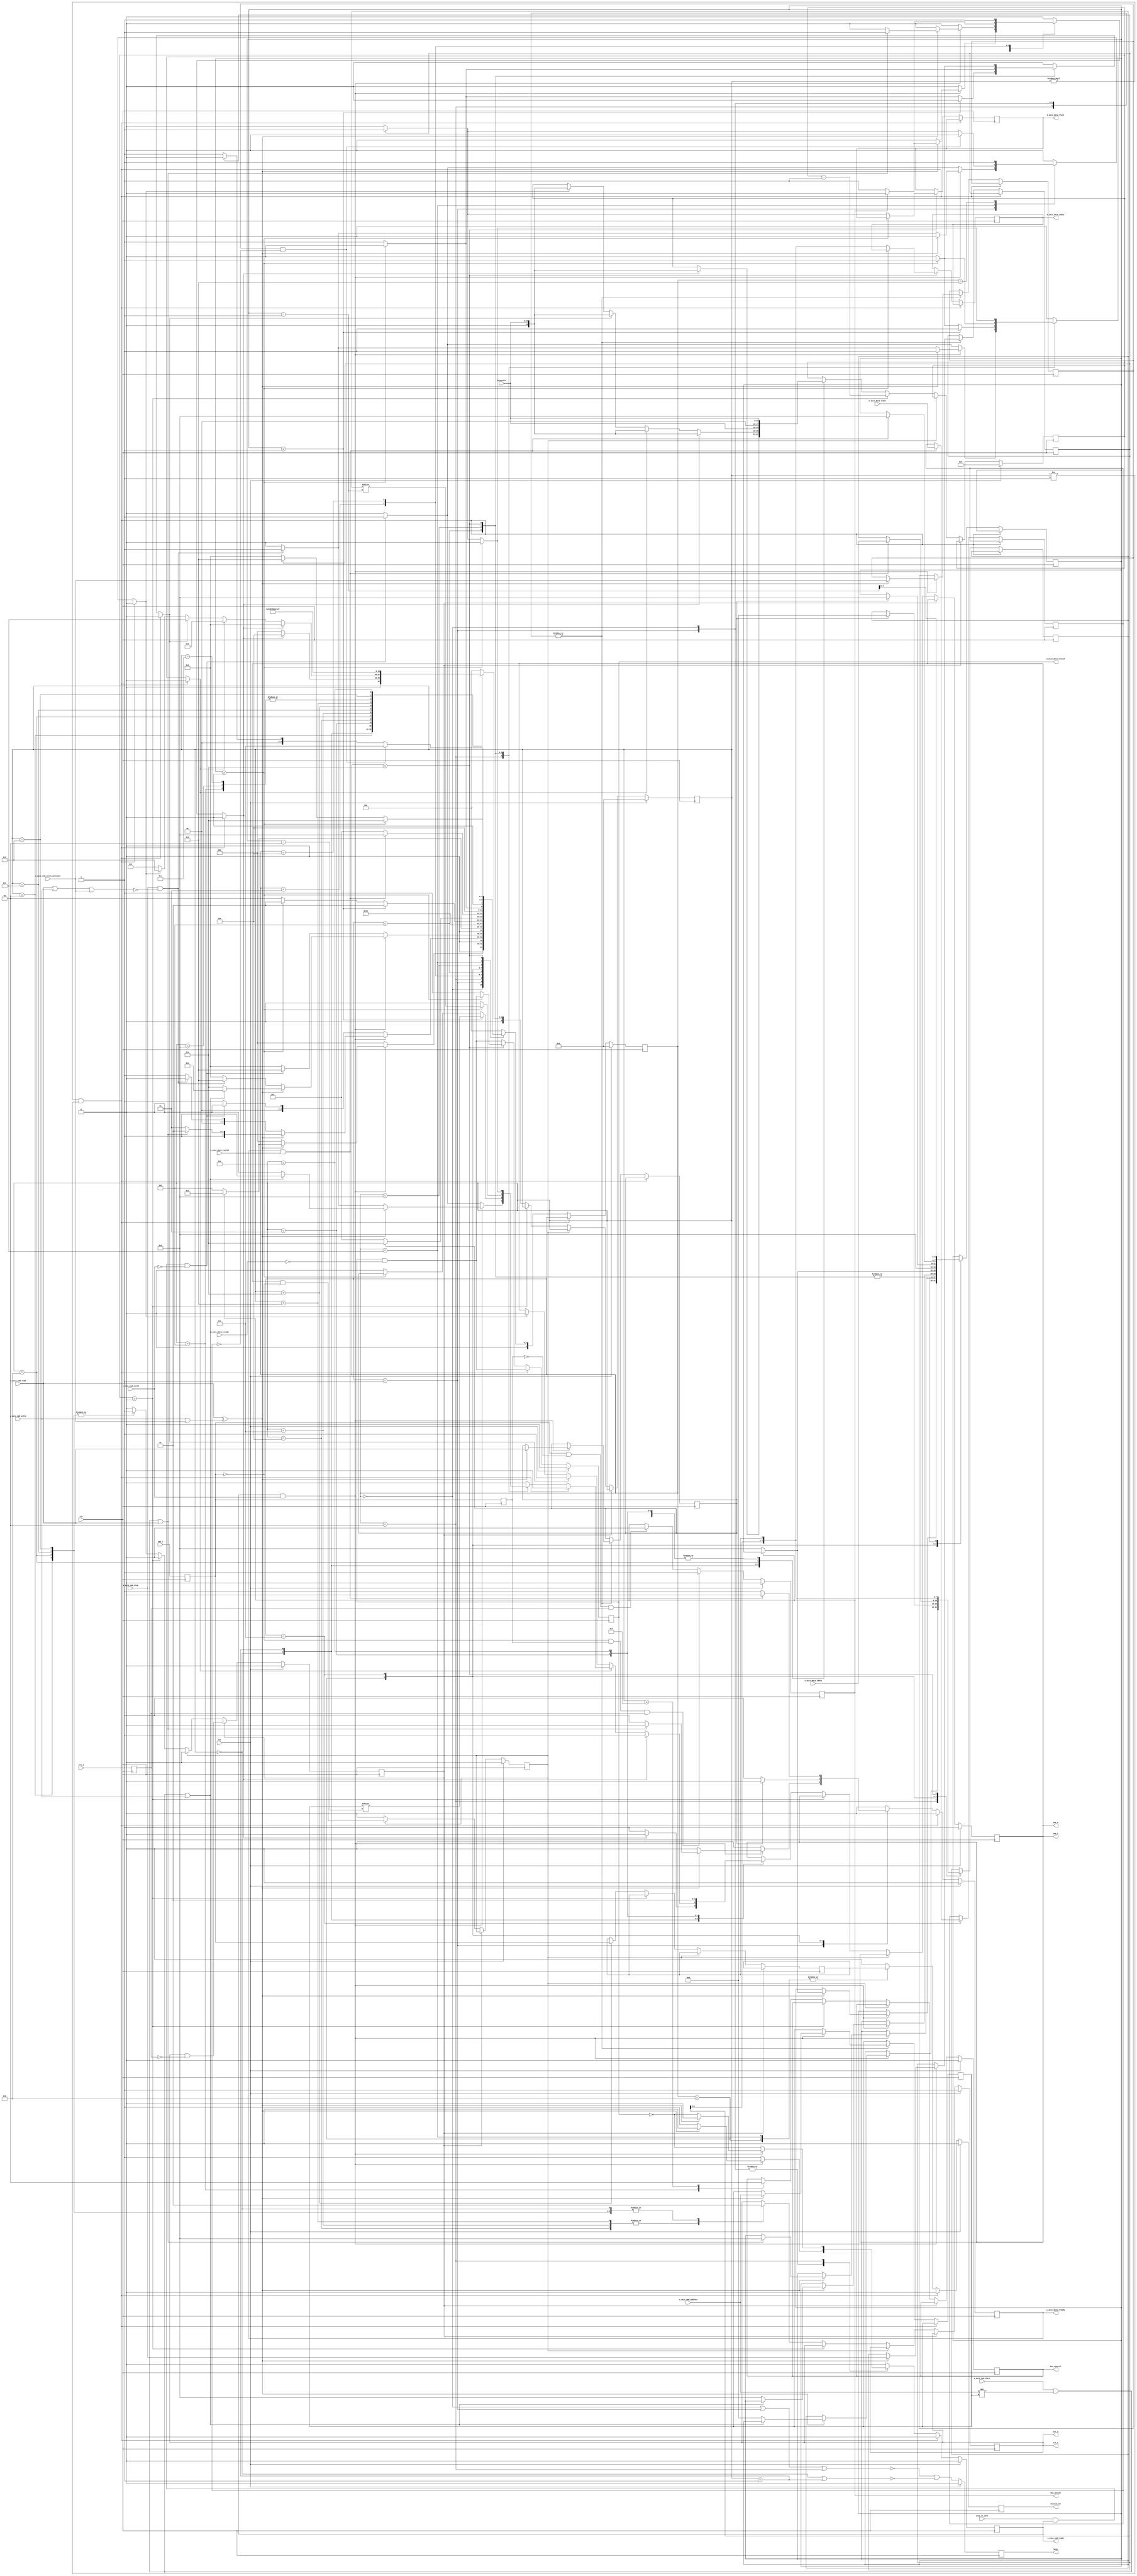
/*

Copyright (c) 2015-2017 Alex Forencich

Permission is hereby granted, free of charge, to any person obtaining a copy
of this software and associated documentation files (the "Software"), to deal
in the Software without restriction, including without limitation the rights
to use, copy, modify, merge, publish, distribute, sublicense, and/or sell
copies of the Software, and to permit persons to whom the Software is
furnished to do so, subject to the following conditions:

The above copyright notice and this permission notice shall be included in
all copies or substantial portions of the Software.

THE SOFTWARE IS PROVIDED "AS IS", WITHOUT WARRANTY OF ANY KIND, EXPRESS OR
IMPLIED, INCLUDING BUT NOT LIMITED TO THE WARRANTIES OF MERCHANTABILITY
FITNESS FOR A PARTICULAR PURPOSE AND NONINFRINGEMENT. IN NO EVENT SHALL THE
AUTHORS OR COPYRIGHT HOLDERS BE LIABLE FOR ANY CLAIM, DAMAGES OR OTHER
LIABILITY, WHETHER IN AN ACTION OF CONTRACT, TORT OR OTHERWISE, ARISING FROM,
OUT OF OR IN CONNECTION WITH THE SOFTWARE OR THE USE OR OTHER DEALINGS IN
THE SOFTWARE.

*/

// Language: Verilog 2001

`resetall
`timescale 1ns / 1ps
`default_nettype none

/*
 * I2C master
 */
module i2c_master (
    input  wire        clk,
    input  wire        rst,

    /*
     * Host interface
     */
    input  wire [6:0]  s_axis_cmd_address,
    input  wire        s_axis_cmd_start,
    input  wire        s_axis_cmd_read,
    input  wire        s_axis_cmd_write,
    input  wire        s_axis_cmd_write_multiple,
    input  wire        s_axis_cmd_stop,
    input  wire        s_axis_cmd_valid,
    output wire        s_axis_cmd_ready,

    input  wire [7:0]  s_axis_data_tdata,
    input  wire        s_axis_data_tvalid,
    output wire        s_axis_data_tready,
    input  wire        s_axis_data_tlast,

    output wire [7:0]  m_axis_data_tdata,
    output wire        m_axis_data_tvalid,
    input  wire        m_axis_data_tready,
    output wire        m_axis_data_tlast,

    /*
     * I2C interface
     */
    input  wire        scl_i,
    output wire        scl_o,
    output wire        scl_t,
    input  wire        sda_i,
    output wire        sda_o,
    output wire        sda_t,

    /*
     * Status
     */
    output wire        busy,
    output wire        bus_control,
    output wire        bus_active,
    output wire        missed_ack,

    /*
     * Configuration
     */
    input  wire [15:0] prescale,
    input  wire        stop_on_idle
);

/*

I2C

Read
    __    ___ ___ ___ ___ ___ ___ ___         ___ ___ ___ ___ ___ ___ ___ ___     ___ ___ ___ ___ ___ ___ ___ ___        __
sda   \__/_6_X_5_X_4_X_3_X_2_X_1_X_0_\_R___A_/_7_X_6_X_5_X_4_X_3_X_2_X_1_X_0_\_A_/_7_X_6_X_5_X_4_X_3_X_2_X_1_X_0_\_A____/
    ____   _   _   _   _   _   _   _   _   _   _   _   _   _   _   _   _   _   _   _   _   _   _   _   _   _   _   _   ____
scl  ST \_/ \_/ \_/ \_/ \_/ \_/ \_/ \_/ \_/ \_/ \_/ \_/ \_/ \_/ \_/ \_/ \_/ \_/ \_/ \_/ \_/ \_/ \_/ \_/ \_/ \_/ \_/ \_/ SP

Write
    __    ___ ___ ___ ___ ___ ___ ___ ___     ___ ___ ___ ___ ___ ___ ___ ___     ___ ___ ___ ___ ___ ___ ___ ___ ___    __
sda   \__/_6_X_5_X_4_X_3_X_2_X_1_X_0_/ W \_A_/_7_X_6_X_5_X_4_X_3_X_2_X_1_X_0_\_A_/_7_X_6_X_5_X_4_X_3_X_2_X_1_X_0_/ N \__/
    ____   _   _   _   _   _   _   _   _   _   _   _   _   _   _   _   _   _   _   _   _   _   _   _   _   _   _   _   ____
scl  ST \_/ \_/ \_/ \_/ \_/ \_/ \_/ \_/ \_/ \_/ \_/ \_/ \_/ \_/ \_/ \_/ \_/ \_/ \_/ \_/ \_/ \_/ \_/ \_/ \_/ \_/ \_/ \_/ SP

Commands:

read
    read data byte
    set start to force generation of a start condition
    start is implied when bus is inactive or active with write or different address
    set stop to issue a stop condition after reading current byte
    if stop is set with read command, then m_axis_data_tlast will be set

write
    write data byte
    set start to force generation of a start condition
    start is implied when bus is inactive or active with read or different address
    set stop to issue a stop condition after writing current byte

write multiple
    write multiple data bytes (until s_axis_data_tlast)
    set start to force generation of a start condition
    start is implied when bus is inactive or active with read or different address
    set stop to issue a stop condition after writing block

stop
    issue stop condition if bus is active

Status:

busy
    module is communicating over the bus

bus_control
    module has control of bus in active state

bus_active
    bus is active, not necessarily controlled by this module

missed_ack
    strobed when a slave ack is missed

Parameters:

prescale
    set prescale to 1/4 of the minimum clock period in units
    of input clk cycles (prescale = Fclk / (FI2Cclk * 4))

stop_on_idle
    automatically issue stop when command input is not valid

Example of interfacing with tristate pins:
(this will work for any tristate bus)

assign scl_i = scl_pin;
assign scl_pin = scl_t ? 1'bz : scl_o;
assign sda_i = sda_pin;
assign sda_pin = sda_t ? 1'bz : sda_o;

Equivalent code that does not use *_t connections:
(we can get away with this because I2C is open-drain)

assign scl_i = scl_pin;
assign scl_pin = scl_o ? 1'bz : 1'b0;
assign sda_i = sda_pin;
assign sda_pin = sda_o ? 1'bz : 1'b0;

Example of two interconnected I2C devices:

assign scl_1_i = scl_1_o & scl_2_o;
assign scl_2_i = scl_1_o & scl_2_o;
assign sda_1_i = sda_1_o & sda_2_o;
assign sda_2_i = sda_1_o & sda_2_o;

Example of two I2C devices sharing the same pins:

assign scl_1_i = scl_pin;
assign scl_2_i = scl_pin;
assign scl_pin = (scl_1_o & scl_2_o) ? 1'bz : 1'b0;
assign sda_1_i = sda_pin;
assign sda_2_i = sda_pin;
assign sda_pin = (sda_1_o & sda_2_o) ? 1'bz : 1'b0;

Notes:

scl_o should not be connected directly to scl_i, only via AND logic or a tristate
I/O pin.  This would prevent devices from stretching the clock period.

*/

localparam [4:0]
    STATE_IDLE = 4'd0,
    STATE_ACTIVE_WRITE = 4'd1,
    STATE_ACTIVE_READ = 4'd2,
    STATE_START_WAIT = 4'd3,
    STATE_START = 4'd4,
    STATE_ADDRESS_1 = 4'd5,
    STATE_ADDRESS_2 = 4'd6,
    STATE_WRITE_1 = 4'd7,
    STATE_WRITE_2 = 4'd8,
    STATE_WRITE_3 = 4'd9,
    STATE_READ = 4'd10,
    STATE_STOP = 4'd11;

reg [4:0] state_reg = STATE_IDLE, state_next;

localparam [4:0]
    PHY_STATE_IDLE = 5'd0,
    PHY_STATE_ACTIVE = 5'd1,
    PHY_STATE_REPEATED_START_1 = 5'd2,
    PHY_STATE_REPEATED_START_2 = 5'd3,
    PHY_STATE_START_1 = 5'd4,
    PHY_STATE_START_2 = 5'd5,
    PHY_STATE_WRITE_BIT_1 = 5'd6,
    PHY_STATE_WRITE_BIT_2 = 5'd7,
    PHY_STATE_WRITE_BIT_3 = 5'd8,
    PHY_STATE_READ_BIT_1 = 5'd9,
    PHY_STATE_READ_BIT_2 = 5'd10,
    PHY_STATE_READ_BIT_3 = 5'd11,
    PHY_STATE_READ_BIT_4 = 5'd12,
    PHY_STATE_STOP_1 = 5'd13,
    PHY_STATE_STOP_2 = 5'd14,
    PHY_STATE_STOP_3 = 5'd15;

reg [4:0] phy_state_reg = STATE_IDLE, phy_state_next;

reg phy_start_bit;
reg phy_stop_bit;
reg phy_write_bit;
reg phy_read_bit;
reg phy_release_bus;

reg phy_tx_data;

reg phy_rx_data_reg = 1'b0, phy_rx_data_next;

reg [6:0] addr_reg = 7'd0, addr_next;
reg [7:0] data_reg = 8'd0, data_next;
reg last_reg = 1'b0, last_next;

reg mode_read_reg = 1'b0, mode_read_next;
reg mode_write_multiple_reg = 1'b0, mode_write_multiple_next;
reg mode_stop_reg = 1'b0, mode_stop_next;

reg [16:0] delay_reg = 16'd0, delay_next;
reg delay_scl_reg = 1'b0, delay_scl_next;
reg delay_sda_reg = 1'b0, delay_sda_next;

reg [3:0] bit_count_reg = 4'd0, bit_count_next;

reg s_axis_cmd_ready_reg = 1'b0, s_axis_cmd_ready_next;

reg s_axis_data_tready_reg = 1'b0, s_axis_data_tready_next;

reg [7:0] m_axis_data_tdata_reg = 8'd0, m_axis_data_tdata_next;
reg m_axis_data_tvalid_reg = 1'b0, m_axis_data_tvalid_next;
reg m_axis_data_tlast_reg = 1'b0, m_axis_data_tlast_next;

reg scl_i_reg = 1'b1;
reg sda_i_reg = 1'b1;

reg scl_o_reg = 1'b1, scl_o_next;
reg sda_o_reg = 1'b1, sda_o_next;

reg last_scl_i_reg = 1'b1;
reg last_sda_i_reg = 1'b1;

reg busy_reg = 1'b0;
reg bus_active_reg = 1'b0;
reg bus_control_reg = 1'b0, bus_control_next;
reg missed_ack_reg = 1'b0, missed_ack_next;

assign s_axis_cmd_ready = s_axis_cmd_ready_reg;

assign s_axis_data_tready = s_axis_data_tready_reg;

assign m_axis_data_tdata = m_axis_data_tdata_reg;
assign m_axis_data_tvalid = m_axis_data_tvalid_reg;
assign m_axis_data_tlast = m_axis_data_tlast_reg;

assign scl_o = scl_o_reg;
assign scl_t = scl_o_reg;
assign sda_o = sda_o_reg;
assign sda_t = sda_o_reg;

assign busy = busy_reg;
assign bus_active = bus_active_reg;
assign bus_control = bus_control_reg;
assign missed_ack = missed_ack_reg;

wire scl_posedge = scl_i_reg & ~last_scl_i_reg;
wire scl_negedge = ~scl_i_reg & last_scl_i_reg;
wire sda_posedge = sda_i_reg & ~last_sda_i_reg;
wire sda_negedge = ~sda_i_reg & last_sda_i_reg;

wire start_bit = sda_negedge & scl_i_reg;
wire stop_bit = sda_posedge & scl_i_reg;

always @* begin
    state_next = STATE_IDLE;

    phy_start_bit = 1'b0;
    phy_stop_bit = 1'b0;
    phy_write_bit = 1'b0;
    phy_read_bit = 1'b0;
    phy_tx_data = 1'b0;
    phy_release_bus = 1'b0;

    addr_next = addr_reg;
    data_next = data_reg;
    last_next = last_reg;

    mode_read_next = mode_read_reg;
    mode_write_multiple_next = mode_write_multiple_reg;
    mode_stop_next = mode_stop_reg;

    bit_count_next = bit_count_reg;

    s_axis_cmd_ready_next = 1'b0;

    s_axis_data_tready_next = 1'b0;

    m_axis_data_tdata_next = m_axis_data_tdata_reg;
    m_axis_data_tvalid_next = m_axis_data_tvalid_reg & ~m_axis_data_tready;
    m_axis_data_tlast_next = m_axis_data_tlast_reg;

    missed_ack_next = 1'b0;

    // generate delays
    if (phy_state_reg != PHY_STATE_IDLE && phy_state_reg != PHY_STATE_ACTIVE) begin
        // wait for phy operation
        state_next = state_reg;
    end else begin
        // process states
        case (state_reg)
            STATE_IDLE: begin
                // line idle
                s_axis_cmd_ready_next = 1'b1;

                if (s_axis_cmd_ready & s_axis_cmd_valid) begin
                    // command valid
                    if (s_axis_cmd_read ^ (s_axis_cmd_write | s_axis_cmd_write_multiple)) begin
                        // read or write command
                        addr_next = s_axis_cmd_address;
                        mode_read_next = s_axis_cmd_read;
                        mode_write_multiple_next = s_axis_cmd_write_multiple;
                        mode_stop_next = s_axis_cmd_stop;

                        s_axis_cmd_ready_next = 1'b0;

                        // start bit
                        if (bus_active) begin
                            state_next = STATE_START_WAIT;
                        end else begin
                            phy_start_bit = 1'b1;
                            bit_count_next = 4'd8;
                            state_next = STATE_ADDRESS_1;
                        end
                    end else begin
                        // invalid or unspecified - ignore
                        state_next = STATE_IDLE;
                    end
                end else begin
                    state_next = STATE_IDLE;
                end
            end
            STATE_ACTIVE_WRITE: begin
                // line active with current address and read/write mode
                s_axis_cmd_ready_next = 1'b1;

                if (s_axis_cmd_ready & s_axis_cmd_valid) begin
                    // command valid
                    if (s_axis_cmd_read ^ (s_axis_cmd_write | s_axis_cmd_write_multiple)) begin
                        // read or write command
                        addr_next = s_axis_cmd_address;
                        mode_read_next = s_axis_cmd_read;
                        mode_write_multiple_next = s_axis_cmd_write_multiple;
                        mode_stop_next = s_axis_cmd_stop;

                        s_axis_cmd_ready_next = 1'b0;
                        
                        if (s_axis_cmd_start || s_axis_cmd_address != addr_reg || s_axis_cmd_read) begin
                            // address or mode mismatch or forced start - repeated start

                            // repeated start bit
                            phy_start_bit = 1'b1;
                            bit_count_next = 4'd8;
                            state_next = STATE_ADDRESS_1;
                        end else begin
                            // address and mode match

                            // start write
                            s_axis_data_tready_next = 1'b1;
                            state_next = STATE_WRITE_1;
                        end
                    end else if (s_axis_cmd_stop && !(s_axis_cmd_read || s_axis_cmd_write || s_axis_cmd_write_multiple)) begin
                        // stop command
                        phy_stop_bit = 1'b1;
                        state_next = STATE_IDLE;
                    end else begin
                        // invalid or unspecified - ignore
                        state_next = STATE_ACTIVE_WRITE;
                    end
                end else begin
                    if (stop_on_idle & s_axis_cmd_ready & ~s_axis_cmd_valid) begin
                        // no waiting command and stop_on_idle selected, issue stop condition
                        phy_stop_bit = 1'b1;
                        state_next = STATE_IDLE;
                    end else begin
                        state_next = STATE_ACTIVE_WRITE;
                    end
                end
            end
            STATE_ACTIVE_READ: begin
                // line active to current address
                s_axis_cmd_ready_next = ~m_axis_data_tvalid;

                if (s_axis_cmd_ready & s_axis_cmd_valid) begin
                    // command valid
                    if (s_axis_cmd_read ^ (s_axis_cmd_write | s_axis_cmd_write_multiple)) begin
                        // read or write command
                        addr_next = s_axis_cmd_address;
                        mode_read_next = s_axis_cmd_read;
                        mode_write_multiple_next = s_axis_cmd_write_multiple;
                        mode_stop_next = s_axis_cmd_stop;

                        s_axis_cmd_ready_next = 1'b0;
                        
                        if (s_axis_cmd_start || s_axis_cmd_address != addr_reg || s_axis_cmd_write) begin
                            // address or mode mismatch or forced start - repeated start

                            // write nack for previous read
                            phy_write_bit = 1'b1;
                            phy_tx_data = 1'b1;
                            // repeated start bit
                            state_next = STATE_START;
                        end else begin
                            // address and mode match

                            // write ack for previous read
                            phy_write_bit = 1'b1;
                            phy_tx_data = 1'b0;
                            // start next read
                            bit_count_next = 4'd8;
                            data_next = 8'd0;
                            state_next = STATE_READ;
                        end
                    end else if (s_axis_cmd_stop && !(s_axis_cmd_read || s_axis_cmd_write || s_axis_cmd_write_multiple)) begin
                        // stop command
                        // write nack for previous read
                        phy_write_bit = 1'b1;
                        phy_tx_data = 1'b1;
                        // send stop bit
                        state_next = STATE_STOP;
                    end else begin
                        // invalid or unspecified - ignore
                        state_next = STATE_ACTIVE_READ;
                    end
                end else begin
                    if (stop_on_idle & s_axis_cmd_ready & ~s_axis_cmd_valid) begin
                        // no waiting command and stop_on_idle selected, issue stop condition
                        // write ack for previous read
                        phy_write_bit = 1'b1;
                        phy_tx_data = 1'b1;
                        // send stop bit
                        state_next = STATE_STOP;
                    end else begin
                        state_next = STATE_ACTIVE_READ;
                    end
                end
            end
            STATE_START_WAIT: begin
                // wait for bus idle

                if (bus_active) begin
                    state_next = STATE_START_WAIT;
                end else begin
                    // bus is idle, take control
                    phy_start_bit = 1'b1;
                    bit_count_next = 4'd8;
                    state_next = STATE_ADDRESS_1;
                end
            end
            STATE_START: begin
                // send start bit

                phy_start_bit = 1'b1;
                bit_count_next = 4'd8;
                state_next = STATE_ADDRESS_1;
            end
            STATE_ADDRESS_1: begin
                // send address
                bit_count_next = bit_count_reg - 1;
                if (bit_count_reg > 1) begin
                    // send address
                    phy_write_bit = 1'b1;
                    phy_tx_data = addr_reg[bit_count_reg-2];
                    state_next = STATE_ADDRESS_1;
                end else if (bit_count_reg > 0) begin
                    // send read/write bit
                    phy_write_bit = 1'b1;
                    phy_tx_data = mode_read_reg;
                    state_next = STATE_ADDRESS_1;
                end else begin
                    // read ack bit
                    phy_read_bit = 1'b1;
                    state_next = STATE_ADDRESS_2;
                end
            end
            STATE_ADDRESS_2: begin
                // read ack bit
                missed_ack_next = phy_rx_data_reg;

                if (mode_read_reg) begin
                    // start read
                    bit_count_next = 4'd8;
                    data_next = 1'b0;
                    state_next = STATE_READ;
                end else begin
                    // start write
                    s_axis_data_tready_next = 1'b1;
                    state_next = STATE_WRITE_1;
                end
            end
            STATE_WRITE_1: begin
                s_axis_data_tready_next = 1'b1;

                if (s_axis_data_tready & s_axis_data_tvalid) begin
                    // got data, start write
                    data_next = s_axis_data_tdata;
                    last_next = s_axis_data_tlast;
                    bit_count_next = 4'd8;
                    s_axis_data_tready_next = 1'b0;
                    state_next = STATE_WRITE_2;
                end else begin
                    // wait for data
                    state_next = STATE_WRITE_1;
                end
            end
            STATE_WRITE_2: begin
                // send data
                bit_count_next = bit_count_reg - 1;
                if (bit_count_reg > 0) begin
                    // write data bit
                    phy_write_bit = 1'b1;
                    phy_tx_data = data_reg[bit_count_reg-1];
                    state_next = STATE_WRITE_2;
                end else begin
                    // read ack bit
                    phy_read_bit = 1'b1;
                    state_next = STATE_WRITE_3;
                end
            end
            STATE_WRITE_3: begin
                // read ack bit
                missed_ack_next = phy_rx_data_reg;

                if (mode_write_multiple_reg && !last_reg) begin
                    // more to write
                    state_next = STATE_WRITE_1;
                end else if (mode_stop_reg) begin
                    // last cycle and stop selected
                    phy_stop_bit = 1'b1;
                    state_next = STATE_IDLE;
                end else begin
                    // otherwise, return to bus active state
                    state_next = STATE_ACTIVE_WRITE;
                end
            end
            STATE_READ: begin
                // read data

                bit_count_next = bit_count_reg - 1;
                data_next = {data_reg[6:0], phy_rx_data_reg};
                if (bit_count_reg > 0) begin
                    // read next bit
                    phy_read_bit = 1'b1;
                    state_next = STATE_READ;
                end else begin
                    // output data word
                    m_axis_data_tdata_next = data_next;
                    m_axis_data_tvalid_next = 1'b1;
                    m_axis_data_tlast_next = 1'b0;
                    if (mode_stop_reg) begin
                        // send nack and stop
                        m_axis_data_tlast_next = 1'b1;
                        phy_write_bit = 1'b1;
                        phy_tx_data = 1'b1;
                        state_next = STATE_STOP;
                    end else begin
                        // return to bus active state
                        state_next = STATE_ACTIVE_READ;
                    end
                end
            end
            STATE_STOP: begin
                // send stop bit
                phy_stop_bit = 1'b1;
                state_next = STATE_IDLE;
            end
        endcase
    end
end

always @* begin
    phy_state_next = PHY_STATE_IDLE;

    phy_rx_data_next = phy_rx_data_reg;

    delay_next = delay_reg;
    delay_scl_next = delay_scl_reg;
    delay_sda_next = delay_sda_reg;

    scl_o_next = scl_o_reg;
    sda_o_next = sda_o_reg;

    bus_control_next = bus_control_reg;

    if (phy_release_bus) begin
        // release bus and return to idle state
        sda_o_next = 1'b1;
        scl_o_next = 1'b1;
        delay_scl_next = 1'b0;
        delay_sda_next = 1'b0;
        delay_next = 1'b0;
        phy_state_next = PHY_STATE_IDLE;
    end else if (delay_scl_reg) begin
        // wait for SCL to match command
        delay_scl_next = scl_o_reg & ~scl_i_reg;
        phy_state_next = phy_state_reg;
    end else if (delay_sda_reg) begin
        // wait for SDA to match command
        delay_sda_next = sda_o_reg & ~sda_i_reg;
        phy_state_next = phy_state_reg;
    end else if (delay_reg > 0) begin
        // time delay
        delay_next = delay_reg - 1;
        phy_state_next = phy_state_reg;
    end else begin
        case (phy_state_reg)
            PHY_STATE_IDLE: begin
                // bus idle - wait for start command
                sda_o_next = 1'b1;
                scl_o_next = 1'b1;
                if (phy_start_bit) begin
                    sda_o_next = 1'b0;
                    delay_next = prescale;
                    phy_state_next = PHY_STATE_START_1;
                end else begin
                    phy_state_next = PHY_STATE_IDLE;
                end
            end
            PHY_STATE_ACTIVE: begin
                // bus active
                if (phy_start_bit) begin
                    sda_o_next = 1'b1;
                    delay_next = prescale;
                    phy_state_next = PHY_STATE_REPEATED_START_1;
                end else if (phy_write_bit) begin
                    sda_o_next = phy_tx_data;
                    delay_next = prescale;
                    phy_state_next = PHY_STATE_WRITE_BIT_1;
                end else if (phy_read_bit) begin
                    sda_o_next = 1'b1;
                    delay_next = prescale;
                    phy_state_next = PHY_STATE_READ_BIT_1;
                end else if (phy_stop_bit) begin
                    sda_o_next = 1'b0;
                    delay_next = prescale;
                    phy_state_next = PHY_STATE_STOP_1;
                end else begin
                    phy_state_next = PHY_STATE_ACTIVE;
                end
            end
            PHY_STATE_REPEATED_START_1: begin
                // generate repeated start bit
                //         ______
                // sda XXX/      \_______
                //            _______
                // scl ______/       \___
                //

                scl_o_next = 1'b1;
                delay_scl_next = 1'b1;
                delay_next = prescale;
                phy_state_next = PHY_STATE_REPEATED_START_2;
            end
            PHY_STATE_REPEATED_START_2: begin
                // generate repeated start bit
                //         ______
                // sda XXX/      \_______
                //            _______
                // scl ______/       \___
                //

                sda_o_next = 1'b0;
                delay_next = prescale;
                phy_state_next = PHY_STATE_START_1;
            end
            PHY_STATE_START_1: begin
                // generate start bit
                //     ___
                // sda    \_______
                //     _______
                // scl        \___
                //

                scl_o_next = 1'b0;
                delay_next = prescale;
                phy_state_next = PHY_STATE_START_2;
            end
            PHY_STATE_START_2: begin
                // generate start bit
                //     ___
                // sda    \_______
                //     _______
                // scl        \___
                //

                bus_control_next = 1'b1;
                phy_state_next = PHY_STATE_ACTIVE;
            end
            PHY_STATE_WRITE_BIT_1: begin
                // write bit
                //      ________
                // sda X________X
                //        ____
                // scl __/    \__

                scl_o_next = 1'b1;
                delay_scl_next = 1'b1;
                delay_next = prescale << 1;
                phy_state_next = PHY_STATE_WRITE_BIT_2;
            end
            PHY_STATE_WRITE_BIT_2: begin
                // write bit
                //      ________
                // sda X________X
                //        ____
                // scl __/    \__

                scl_o_next = 1'b0;
                delay_next = prescale;
                phy_state_next = PHY_STATE_WRITE_BIT_3;
            end
            PHY_STATE_WRITE_BIT_3: begin
                // write bit
                //      ________
                // sda X________X
                //        ____
                // scl __/    \__

                phy_state_next = PHY_STATE_ACTIVE;
            end
            PHY_STATE_READ_BIT_1: begin
                // read bit
                //      ________
                // sda X________X
                //        ____
                // scl __/    \__

                scl_o_next = 1'b1;
                delay_scl_next = 1'b1;
                delay_next = prescale;
                phy_state_next = PHY_STATE_READ_BIT_2;
            end
            PHY_STATE_READ_BIT_2: begin
                // read bit
                //      ________
                // sda X________X
                //        ____
                // scl __/    \__

                phy_rx_data_next = sda_i_reg;
                delay_next = prescale;
                phy_state_next = PHY_STATE_READ_BIT_3;
            end
            PHY_STATE_READ_BIT_3: begin
                // read bit
                //      ________
                // sda X________X
                //        ____
                // scl __/    \__

                scl_o_next = 1'b0;
                delay_next = prescale;
                phy_state_next = PHY_STATE_READ_BIT_4;
            end
            PHY_STATE_READ_BIT_4: begin
                // read bit
                //      ________
                // sda X________X
                //        ____
                // scl __/    \__

                phy_state_next = PHY_STATE_ACTIVE;
            end
            PHY_STATE_STOP_1: begin
                // stop bit
                //                 ___
                // sda XXX\_______/
                //             _______
                // scl _______/

                scl_o_next = 1'b1;
                delay_scl_next = 1'b1;
                delay_next = prescale;
                phy_state_next = PHY_STATE_STOP_2;
            end
            PHY_STATE_STOP_2: begin
                // stop bit
                //                 ___
                // sda XXX\_______/
                //             _______
                // scl _______/

                sda_o_next = 1'b1;
                delay_next = prescale;
                phy_state_next = PHY_STATE_STOP_3;
            end
            PHY_STATE_STOP_3: begin
                // stop bit
                //                 ___
                // sda XXX\_______/
                //             _______
                // scl _______/

                bus_control_next = 1'b0;
                phy_state_next = PHY_STATE_IDLE;
            end
        endcase
    end
end

always @(posedge clk) begin
    state_reg <= state_next;
    phy_state_reg <= phy_state_next;

    phy_rx_data_reg <= phy_rx_data_next;

    addr_reg <= addr_next;
    data_reg <= data_next;
    last_reg <= last_next;

    mode_read_reg <= mode_read_next;
    mode_write_multiple_reg <= mode_write_multiple_next;
    mode_stop_reg <= mode_stop_next;

    delay_reg <= delay_next;
    delay_scl_reg <= delay_scl_next;
    delay_sda_reg <= delay_sda_next;

    bit_count_reg <= bit_count_next;

    s_axis_cmd_ready_reg <= s_axis_cmd_ready_next;

    s_axis_data_tready_reg <= s_axis_data_tready_next;

    m_axis_data_tdata_reg <= m_axis_data_tdata_next;
    m_axis_data_tlast_reg <= m_axis_data_tlast_next;
    m_axis_data_tvalid_reg <= m_axis_data_tvalid_next;

    scl_i_reg <= scl_i;
    sda_i_reg <= sda_i;

    scl_o_reg <= scl_o_next;
    sda_o_reg <= sda_o_next;

    last_scl_i_reg <= scl_i_reg;
    last_sda_i_reg <= sda_i_reg;

    busy_reg <= !(state_reg == STATE_IDLE || state_reg == STATE_ACTIVE_WRITE || state_reg == STATE_ACTIVE_READ) || !(phy_state_reg == PHY_STATE_IDLE || phy_state_reg == PHY_STATE_ACTIVE);

    if (start_bit) begin
        bus_active_reg <= 1'b1;
    end else if (stop_bit) begin
        bus_active_reg <= 1'b0;
    end else begin
        bus_active_reg <= bus_active_reg;
    end

    bus_control_reg <= bus_control_next;
    missed_ack_reg <= missed_ack_next;

    if (rst) begin
        state_reg <= STATE_IDLE;
        phy_state_reg <= PHY_STATE_IDLE;
        delay_reg <= 16'd0;
        delay_scl_reg <= 1'b0;
        delay_sda_reg <= 1'b0;
        s_axis_cmd_ready_reg <= 1'b0;
        s_axis_data_tready_reg <= 1'b0;
        m_axis_data_tvalid_reg <= 1'b0;
        scl_o_reg <= 1'b1;
        sda_o_reg <= 1'b1;
        busy_reg <= 1'b0;
        bus_active_reg <= 1'b0;
        bus_control_reg <= 1'b0;
        missed_ack_reg <= 1'b0;
    end
end

endmodule

`resetall